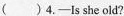
( )4.——Is she old?